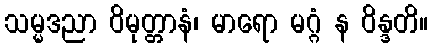
သမ္မဒညာ ဝိမုတ္တာနံ၊ မာရော မဂ္ဂံ န ဝိန္ဒတိ။